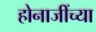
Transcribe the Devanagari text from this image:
होनाजींच्या